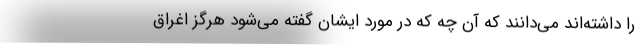
را داشته‌اند می‌دانند که آن چه که در مورد ایشان گفته می‌شود هرگز اغراق